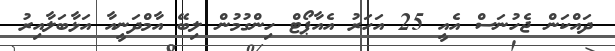
ދައްކަން ޖެހުނަސް އެއީ 25 އަހަރު އެއާޕޯޓް ހިންގުމުން ލިބޭ އާމްދަނީއާ އަޅާބަލާއިރު